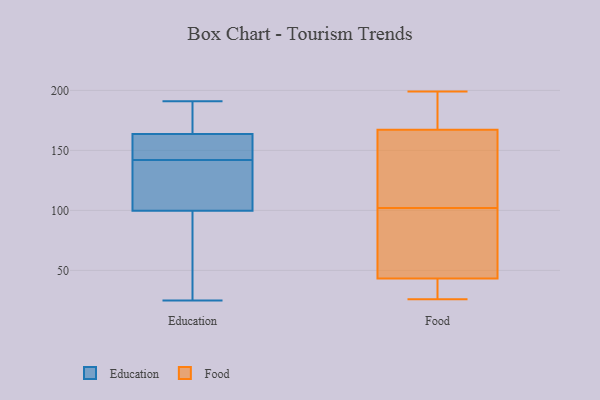
{"axis": {"x": "Satisfaction Score", "y": "Value"}, "legend": ["Education", "Food"], "data": [{"x": "", "y": 142, "type": "Education"}, {"x": "", "y": 161, "type": "Education"}, {"x": "", "y": 25, "type": "Education"}, {"x": "", "y": 98, "type": "Education"}, {"x": "", "y": 105, "type": "Education"}, {"x": "", "y": 31, "type": "Education"}, {"x": "", "y": 79, "type": "Education"}, {"x": "", "y": 160, "type": "Education"}, {"x": "", "y": 156, "type": "Education"}, {"x": "", "y": 105, "type": "Education"}, {"x": "", "y": 69, "type": "Education"}, {"x": "", "y": 163, "type": "Education"}, {"x": "", "y": 167, "type": "Education"}, {"x": "", "y": 191, "type": "Education"}, {"x": "", "y": 180, "type": "Education"}, {"x": "", "y": 132, "type": "Education"}, {"x": "", "y": 164, "type": "Education"}, {"x": "", "y": 174, "type": "Education"}, {"x": "", "y": 134, "type": "Education"}, {"x": "", "y": 37, "type": "Food"}, {"x": "", "y": 43, "type": "Food"}, {"x": "", "y": 199, "type": "Food"}, {"x": "", "y": 44, "type": "Food"}, {"x": "", "y": 152, "type": "Food"}, {"x": "", "y": 71, "type": "Food"}, {"x": "", "y": 196, "type": "Food"}, {"x": "", "y": 133, "type": "Food"}, {"x": "", "y": 159, "type": "Food"}, {"x": "", "y": 66, "type": "Food"}, {"x": "", "y": 170, "type": "Food"}, {"x": "", "y": 35, "type": "Food"}, {"x": "", "y": 184, "type": "Food"}, {"x": "", "y": 102, "type": "Food"}, {"x": "", "y": 26, "type": "Food"}]}